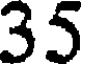
35